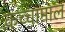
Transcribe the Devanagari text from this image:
कच्‍चामाल